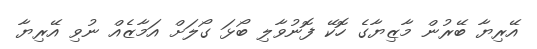
އޭރިޔާ ބޭރުން މާޒިޔާގެ ހޮކޭ ފޮނުވާލި ބޯޅަ ގޯލަށް އަމާޒެއް ނުވި އޭރިޔާ